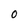
Character: O